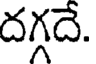
దగ్గదే.